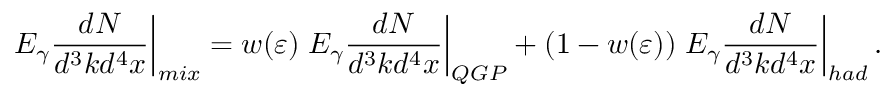
\left. E _ { \gamma } \frac { d N } { d ^ { 3 } k d ^ { 4 } x } \right| _ { m i x } = w ( \varepsilon ) \left. E _ { \gamma } \frac { d N } { d ^ { 3 } k d ^ { 4 } x } \right| _ { Q G P } + ( 1 - w ( \varepsilon ) ) \left. E _ { \gamma } \frac { d N } { d ^ { 3 } k d ^ { 4 } x } \right| _ { h a d } .